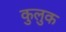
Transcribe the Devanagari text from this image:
कुलुक